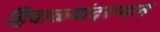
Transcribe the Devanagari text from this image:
हिवाळ्यांदरम्यान